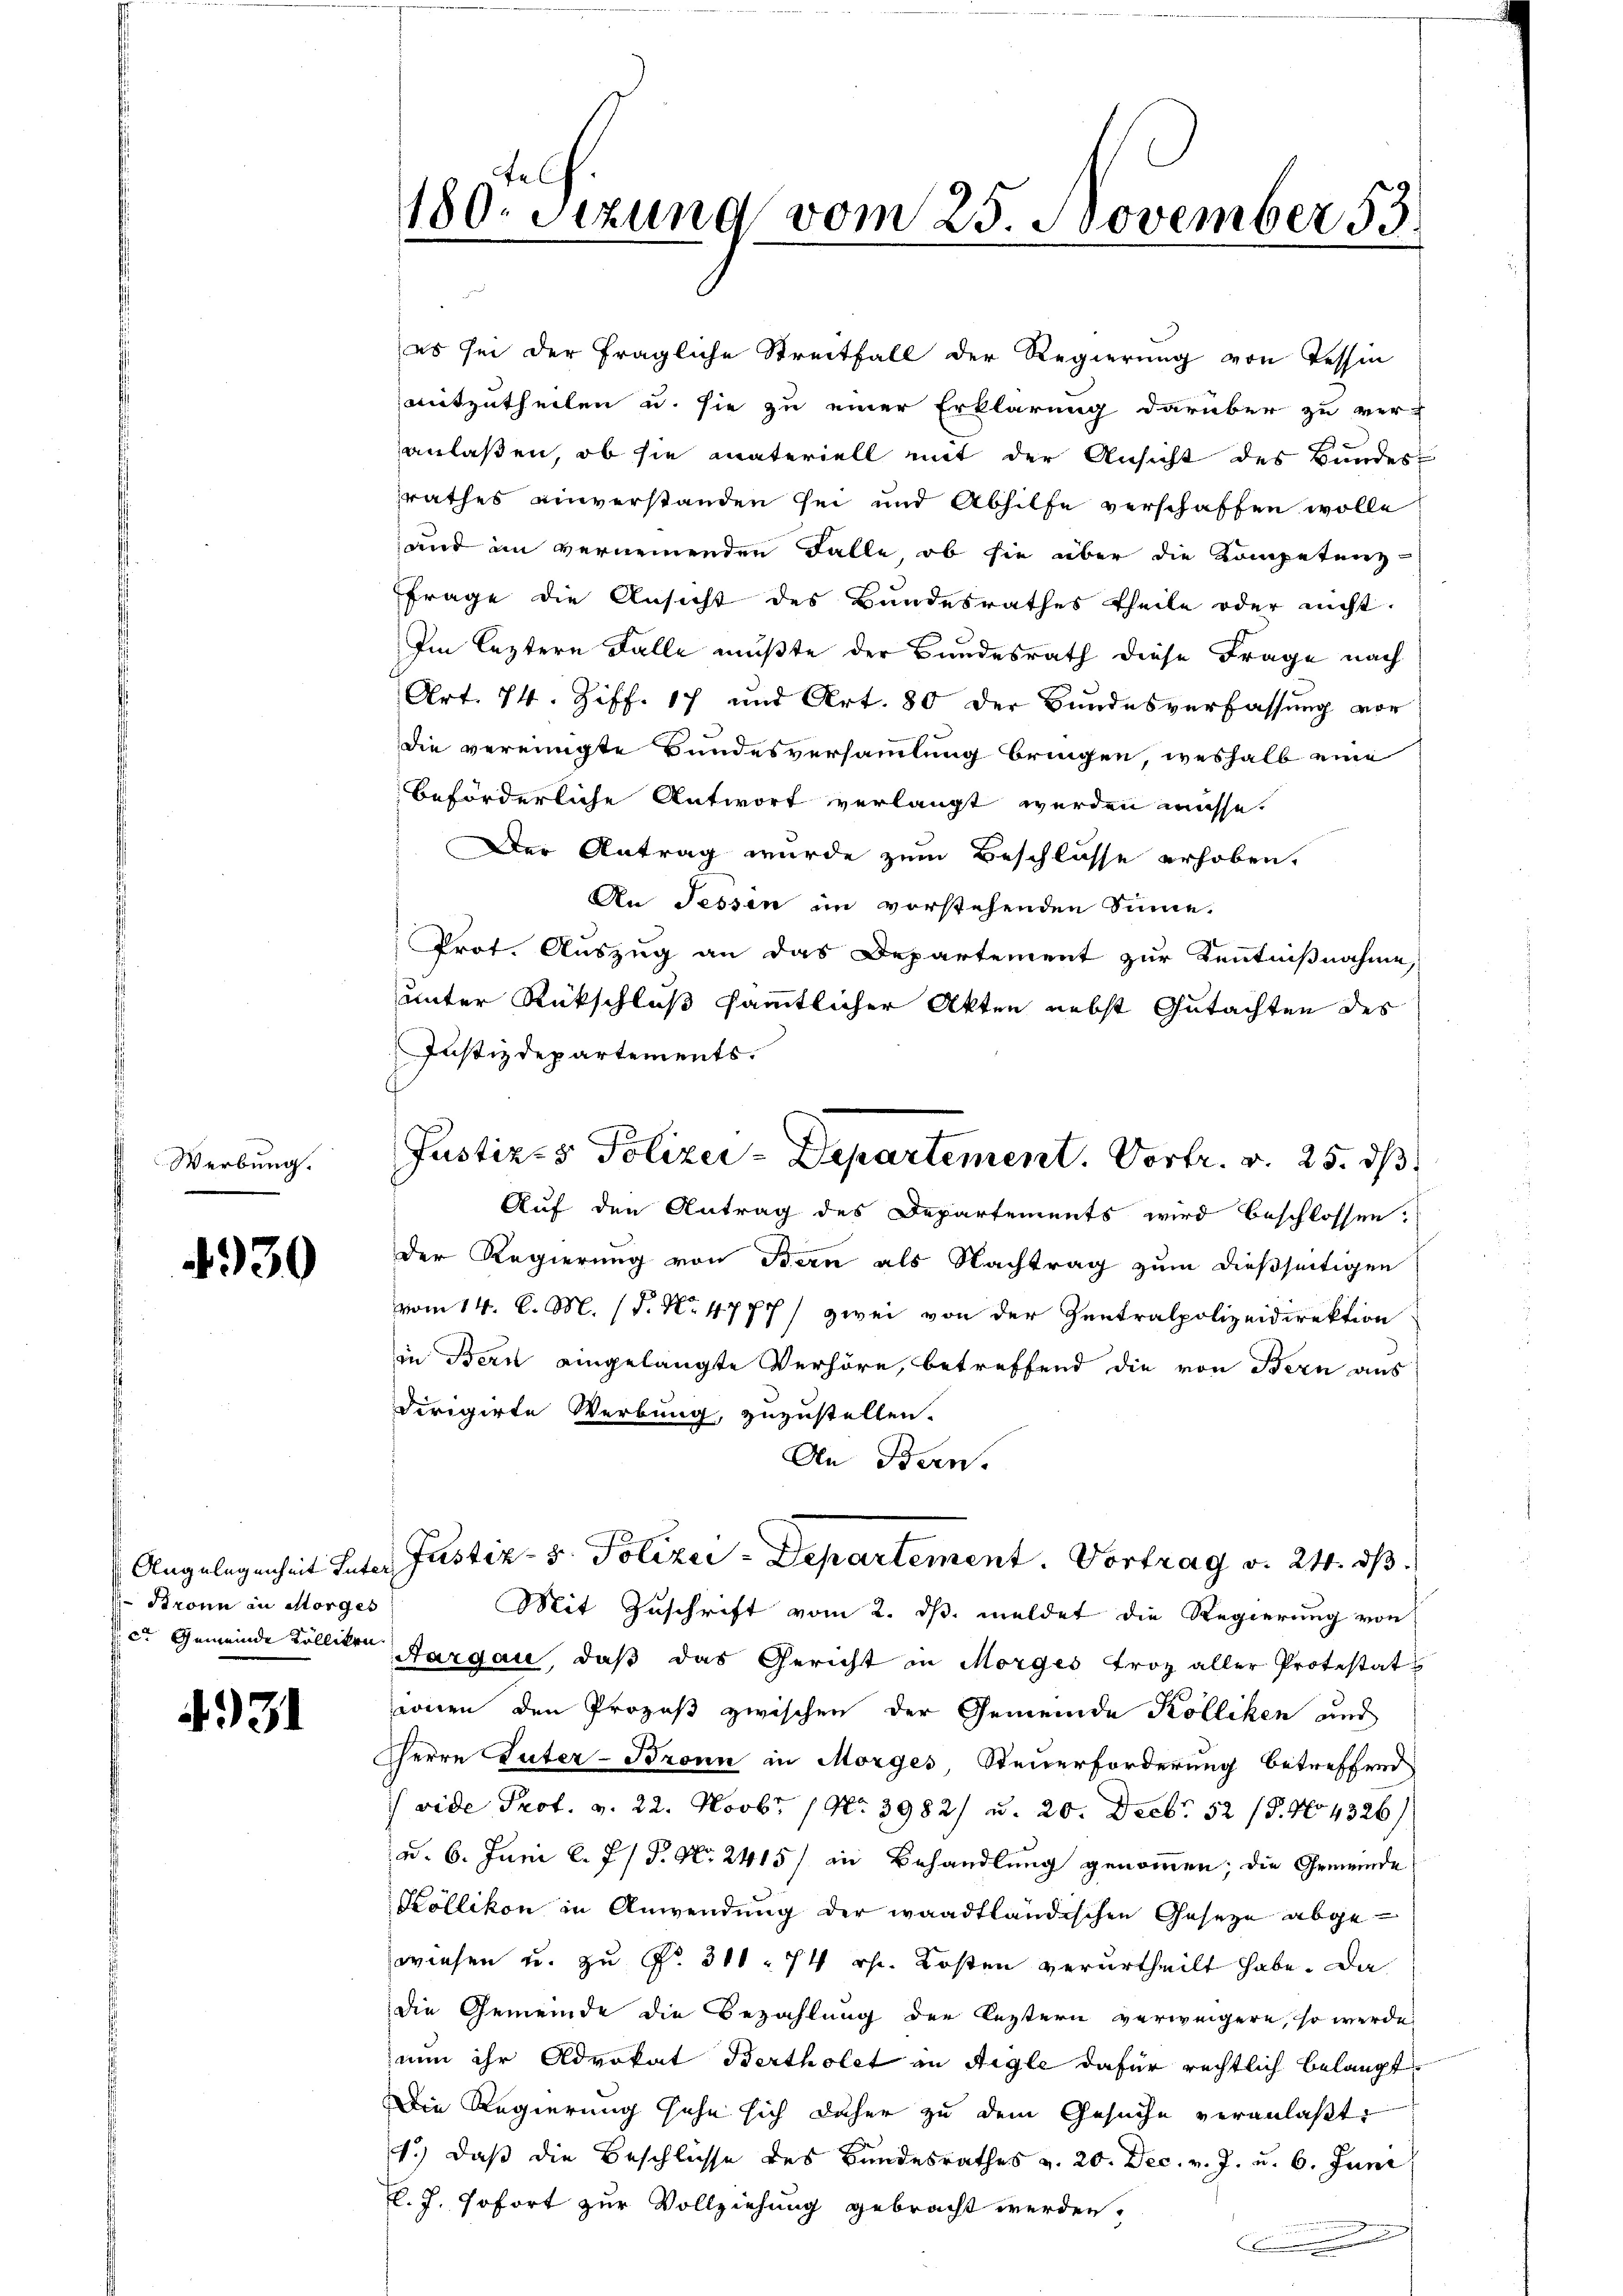
Werbung.

4330

Bronn in Morges
c. Gemeinde Kollikon

4931

180. Sizung vom 25. November 53.

es sei der fragliche Streitfall der Regierung von Tessin
mitzutheilen u. sie zu einer Erklärung darüber zu ver-
anlaßen, ob sie materiell mit der Ansicht des Bundes-
rathes einverstanden sei und Abhilfe verschaffen wolle
und in vernennenden Falle, ob sie über die Kompetenz-
Frage die Ansicht des Bundesrathes theile oder nicht.
Im leztern Falle mußte der Bundesrath diese Frage nach
Art. 74. Ziff. 17 und Art. 80 der Bundesverfassung vor
die vereinigte Bundesversammlung bringen, weshalb eine
beförderliche Antwort verlangt werden müsse.
Der Antrag wurde zum Beschlüsse erhoben.
An Tessin im vorstehenden Sinne.
Prot. Auszug an das Departement zur Kenntnißnahme,
unter Rückschluß sämmtlicher Akten nebst Gutachten des
Justizdepartements.
Auf den Antrag des Departements wird beschlossen:
Der Regierung von Bern als Nachtrag zum dießseitigen
vom 14. d. M. (S. Nr. 4777) zwei von der Zentralpolizeidirektion
in Bern eingelangte Verhöre, betreffend die von Bern aus
dirigirte Werbung, zuzustellen.
An Bern.
Angelegenheit Inter Justiz- & Polizei-Departement. Vortrag v. 24. dβ.
Mit Zuschrift vom 2. ds. meldet die Regierung von
Aargau, daß das Gericht in Morges troz aller Protestat
ionen den Prozeß zwischen der Gemeinde Kolliken und
Herrn Inter-Bronn in Morges, Steuerforderung betreffend
 vide Prof. v. 22. Novbr. 1 No 3982/ u. 20. Decb. 52 (8. No 4326)
d. 6. Juni l. J. P. N. 2415/ in Behandlung genommen; die Gemeinde
Köllikon in Anwendung der waadtländischen Geseze abgewiesen u. zu No. 311. 74 rp. Kosten verurtheilt habe. Da
die Gemeinde die Bezahlung der leztern verweigern, so werde
nun ihr Advokat Bertholet in Aigle dafür rechtlich belangt,
Die Regierung sehe sich daher zu dem Gesuche veranlaßt,
1.) Daß die Beschlüsse des Bundesrathes v. 20. Dec. v. J. u. 6. Juni
El. J. sofort zur Vollziehung gebracht werden.

Justiz- & Polizei-Departement. Vortr. v. 25. dß.